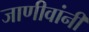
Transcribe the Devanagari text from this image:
जाणीवांनी